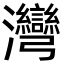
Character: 灣